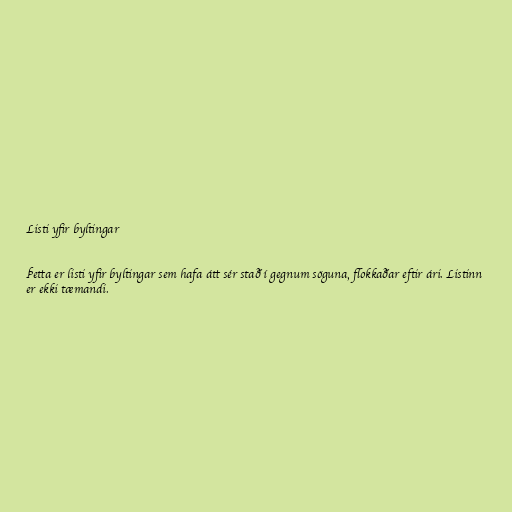
Listi yfir byltingar

Þetta er listi yfir byltingar sem hafa átt sér stað í gegnum söguna, flokkaðar eftir ári. Listinn
er ekki tæmandi.